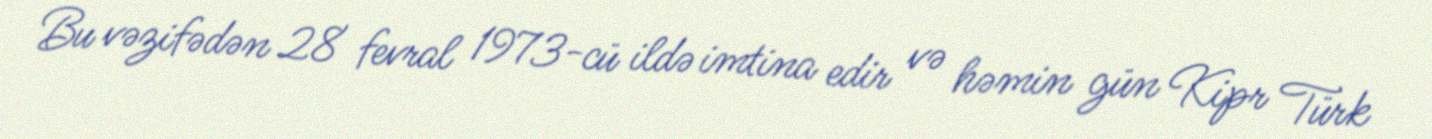
Bu vəzifədən 28 fevral 1973-cü ildə imtina edir və həmin gün Kipr Türk